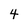
Character: 4